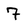
Character: 7